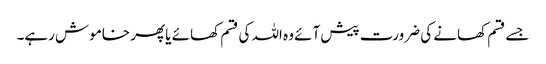
جسے قسم کھانے کی ضرورت پیش آئے وہ اللہ کی قسم کھائے یا پھر خاموش رہے۔